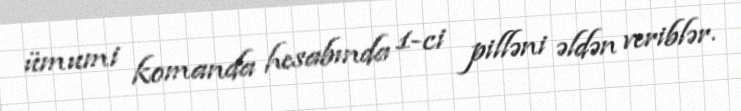
ümumi komanda hesabında 1-ci pilləni əldən veriblər.